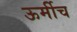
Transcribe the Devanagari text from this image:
ऊर्मीच